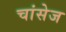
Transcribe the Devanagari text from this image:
चांसेज